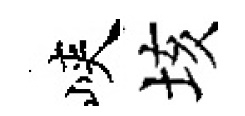
峽垓